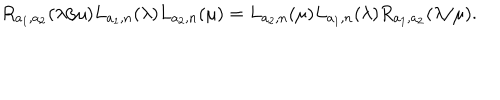
R _ { a _ { 1 } , a _ { 2 } } ( \lambda / \mu ) L _ { a _ { 1 } , n } ( \lambda ) L _ { a _ { 2 } , n } ( \mu ) = L _ { a _ { 2 } , n } ( \mu ) L _ { a _ { 1 } , n } ( \lambda ) R _ { a _ { 1 } , a _ { 2 } } ( \lambda / \mu ) .